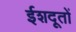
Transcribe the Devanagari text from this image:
ईशदूतों